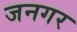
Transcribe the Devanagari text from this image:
जनगर